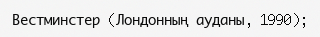
Вестминстер (Лондонның ауданы, 1990);